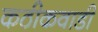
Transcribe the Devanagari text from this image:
कठीकवाडी